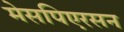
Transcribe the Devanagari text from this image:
मेसपिएरसन